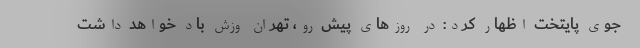
جوی پایتخت اظهار کرد: در روز‌های پیش رو، تهران وزش باد خواهد داشت